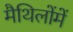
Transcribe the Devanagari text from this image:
मैथिलोंमें